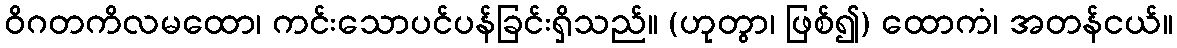
ဝိဂတကိလမထော၊ ကင်းသောပင်ပန်ခြင်းရှိသည်။ (ဟုတွာ၊ ဖြစ်၍) ထောကံ၊ အတန်ငယ်။